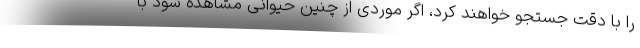
را با دقت جستجو خواهند کرد، اگر موردی از چنین حیوانی مشاهده شود با